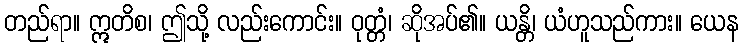
တည်ရာ။ ဣတိစ၊ ဤသို့ လည်းကောင်း။ ဝုတ္တံ၊ ဆိုအပ်၏။ ယန္တိ၊ ယံဟူသည်ကား။ ယေန